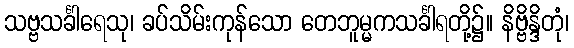
သဗ္ဗသင်္ခါရေသု၊ ခပ်သိမ်းကုန်သော တေဘူမ္မကသင်္ခါရတို့၌။ နိဗ္ဗိန္ဒိတုံ၊